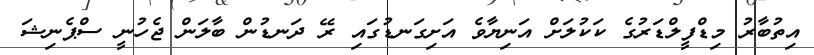
އިތުބާރު މިޑްފީލްޑަރުގެ ކަކުލަށް އަނިޔާވެ އަށިގަނޑުގައި ރޭ ދަނޑުން ބާލަން ޖެހުނީ ސްޕެނިޝަ